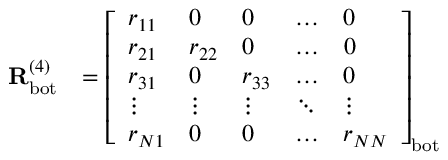
\begin{array} { r l } { \mathbf { R } _ { \mathrm { b o t } } ^ { ( 4 ) } } & { = \left[ \begin{array} { l l l l l } { r _ { 1 1 } } & { 0 } & { 0 } & { \dots } & { 0 } \\ { r _ { 2 1 } } & { r _ { 2 2 } } & { 0 } & { \dots } & { 0 } \\ { r _ { 3 1 } } & { 0 } & { r _ { 3 3 } } & { \dots } & { 0 } \\ { \vdots } & { \vdots } & { \vdots } & { \ddots } & { \vdots } \\ { r _ { N 1 } } & { 0 } & { 0 } & { \dots } & { r _ { N N } } \end{array} \right] _ { \mathrm { b o t } } } \end{array}